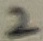
Text: 2